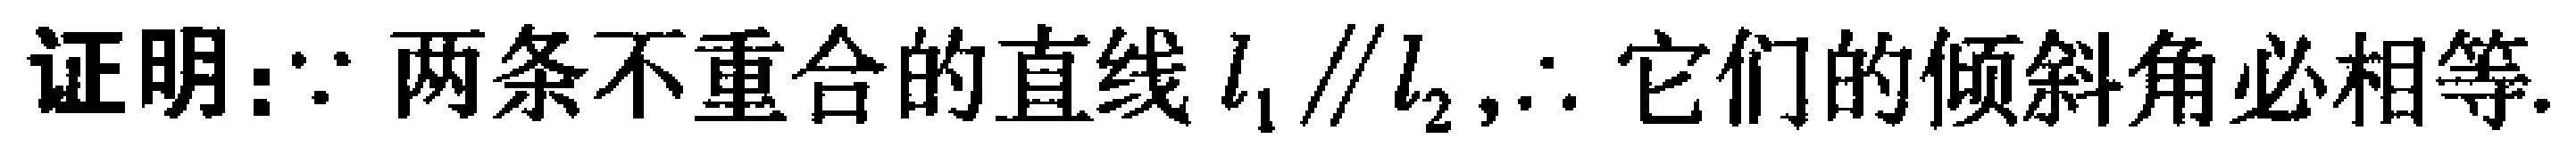
证明：\(\because\)两条不重合的直线\(l_{1} \parallel l_{2},\therefore\)它们的倾斜角必相等.